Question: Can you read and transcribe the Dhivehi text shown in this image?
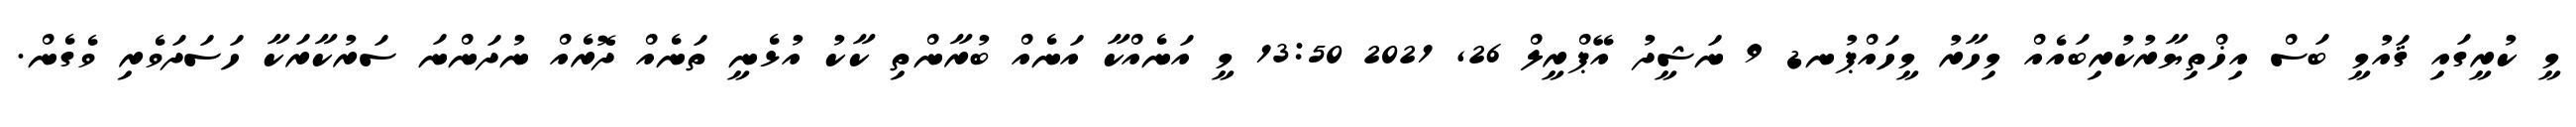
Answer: މީ ކުރީގައި ޤައުމީ ބަސް އިޚްތިޔާރުކުރިބައެއް މިހާރު މީހައްޕުނޑ 9 ނަޝީދު އޭޕްރީލް 26, 2021 13:50 މީ އަނެއްކާ އަނެއް ބުރާންތި ކާކު އުޅެނީ ތަނެއް ދޮރެއް ނުދަންނަ ސަރުކާރަކާ ހަސަދަވެރި ވެގެން.